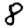
Digit: 8